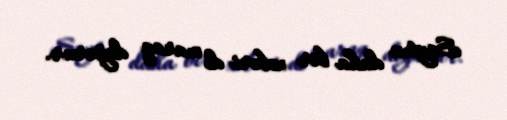
Saytın daha bir xəbəri də maraq doğurur.